Vaccination in Burma 1912-1922 - 1912-1922
Year: 1912
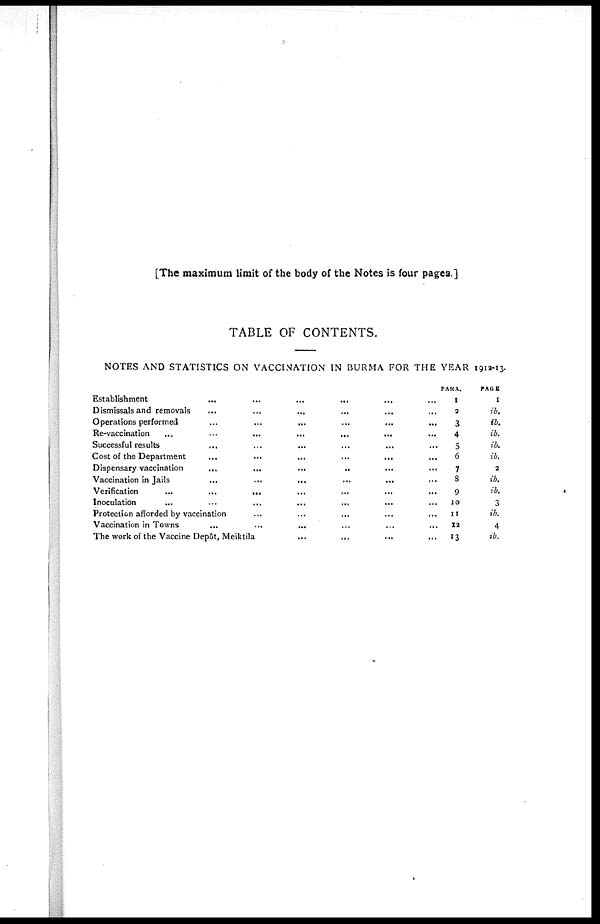
[The maximum limit of the body of the Notes is four pages.]
TABLE OF CONTENTS.
NOTES AND STATISTICS ON VACCINATION IN BURMA FOR THE YEAR 1912-13.
Establishment
... ... ... ... ... ...
Dismissals and removals ... ... ... ... ... ...
Operations performed ... ... ... ... ... ...
Re-vaccination
...
...
...
...
... ...
Successful results ... ... ... ... ... ...
Cost of the Department ... ... ... ... ... ...
Dispensary vaccination ... ... ... ... ... ...
Vaccination in Jails
...
...
...
...
... ...
Verification
...
...
... ... ... ...
Inoculation ... ... ... ... ... ...
Protection afforded by vaccination
...
...
...
...
... ...
Vaccination in Towns
...
...
... ... ... ...
The work of the Vaccine Depôt, Meiktila
...
...
...
... ... ...
PARA.
1
2
3
4
5
6
7
8
9
10
11
12
13
PAGE
1
ib.
ib.
ib.
ib.
ib.
2
ib.
ib.
3
ib.
4
ib.